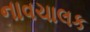
નાવચાલક